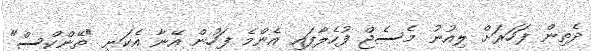
ދެތިން ފަހަރަށް ލިއުނު މެސެޖް ފުހެލާފައި އެންމެ ފަހުން އޭނާ އެކަނި "ތޭންކްސް"